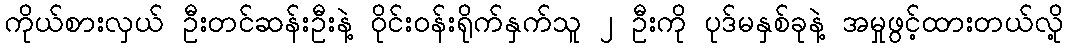
ကိုယ်စားလှယ် ဦးတင်ဆန်းဦးနဲ့ ဝိုင်းဝန်းရိုက်နှက်သူ ၂ ဦးကို ပုဒ်မနှစ်ခုနဲ့ အမှုဖွင့်ထားတယ်လို့